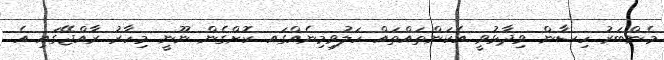
މެންބަރު ހިސާން ވިދާޅުވީ އެކަންތައްތައް ހަލުވިމިނެއްގައ ކޮށްގެން ނޫނީ މިހާރު ރާއްޖޭގައި އެ